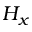
H _ { x }